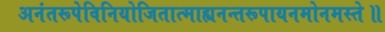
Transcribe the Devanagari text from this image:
अनंतरूपेविनियोजितात्माह्यनन्तरूपायनमोनमस्ते॥